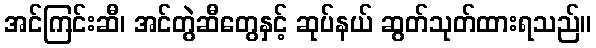
အင်ကြင်းဆီ၊ အင်တွဲဆီတွေနှင့် ဆုပ်နယ် ဆွတ်သုတ်ထားရသည်။